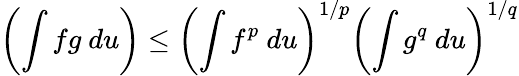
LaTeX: \left(\int fg~du\right)\leq\left(\int f^{p}~du\right)^{1/p}\left(\int g^{q}~du\right)^{1/q}